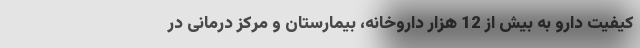
کیفیت دارو به بیش از 12 هزار داروخانه، بیمارستان و مرکز درمانی در